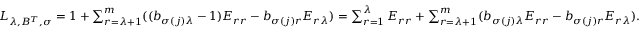
\begin{array} { r } { L _ { \lambda , B ^ { T } , \sigma } = \boldsymbol { 1 } + \sum _ { r = \lambda + 1 } ^ { m } ( ( b _ { \sigma ( j ) \lambda } - 1 ) E _ { r r } - b _ { \sigma ( j ) r } E _ { r \lambda } ) = \sum _ { r = 1 } ^ { \lambda } E _ { r r } + \sum _ { r = \lambda + 1 } ^ { m } ( b _ { \sigma ( j ) \lambda } E _ { r r } - b _ { \sigma ( j ) r } E _ { r \lambda } ) . } \end{array}